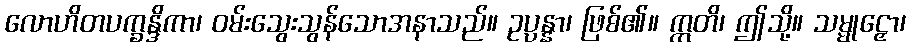
လောဟိတပက္ခန္ဒိကာ၊ ဝမ်းသွေးသွန်သောအနာသည်။ ဥပ္ပန္နာ၊ ဖြစ်၏။ ဣတိ၊ ဤသို့။ သမ္မုဠှော၊